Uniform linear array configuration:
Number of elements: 16
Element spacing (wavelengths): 0.25
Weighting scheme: cosine
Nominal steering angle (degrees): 45
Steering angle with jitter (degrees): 46.688
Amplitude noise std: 0.05
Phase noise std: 0.05

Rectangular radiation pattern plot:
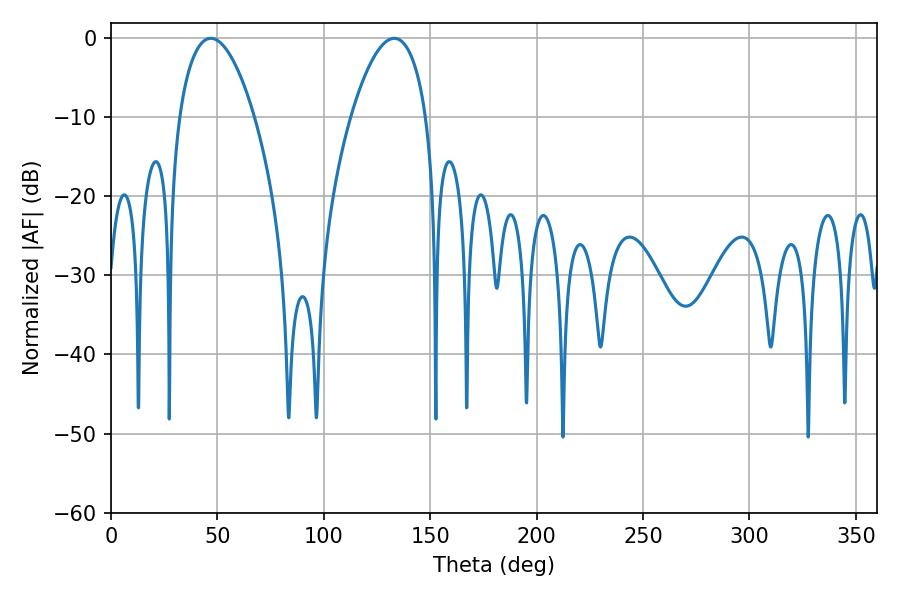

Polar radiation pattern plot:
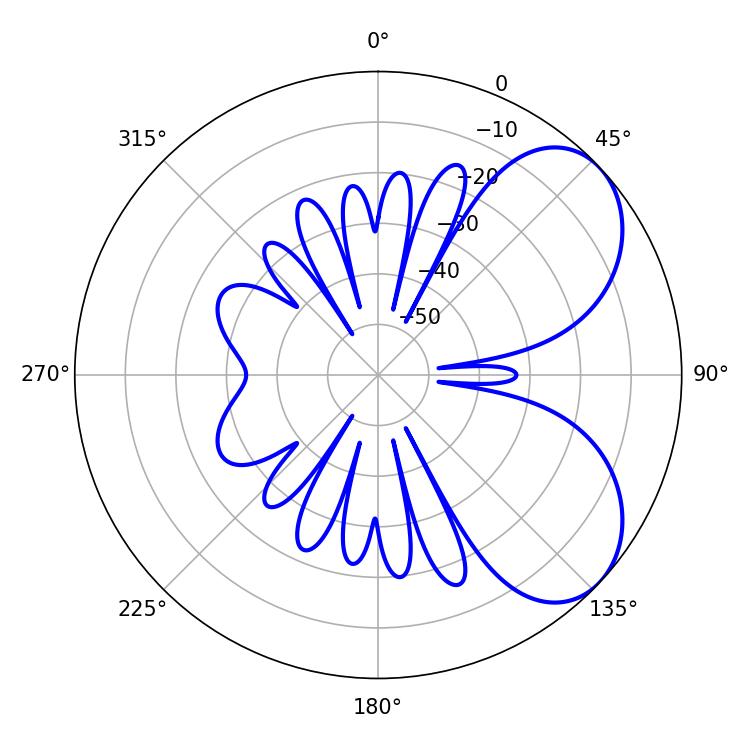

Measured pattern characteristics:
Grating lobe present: FALSE
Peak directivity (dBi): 5.685
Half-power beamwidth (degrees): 19.62
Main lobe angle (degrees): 46.98